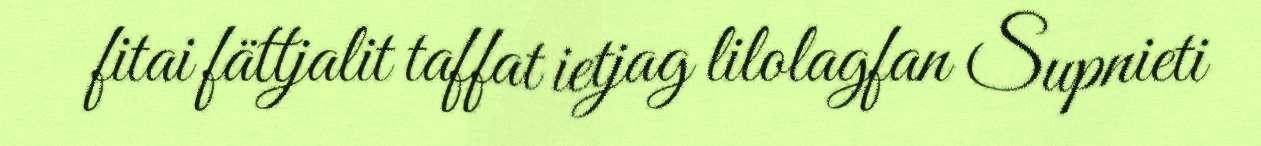
fitai fättjalit taffat ietjag lilolagfan Supnieti